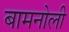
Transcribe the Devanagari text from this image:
बामनोली